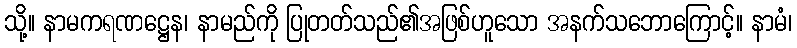
သို့။ နာမကရဏဋ္ဌေန၊ နာမည်ကို ပြုတတ်သည်၏အဖြစ်ဟူသော အနက်သဘောကြောင့်။ နာမံ၊